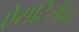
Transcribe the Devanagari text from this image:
ऐसटिलीन